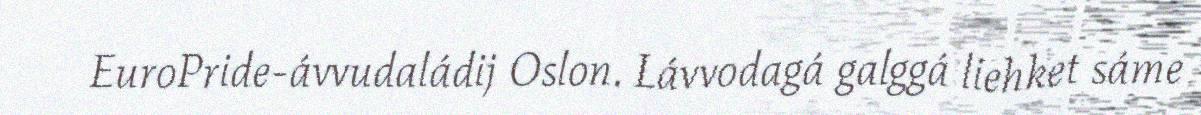
EuroPride-ávvudaládij Oslon. Lávvodagá galggá liehket sáme